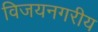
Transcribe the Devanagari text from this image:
विजयनगरीय